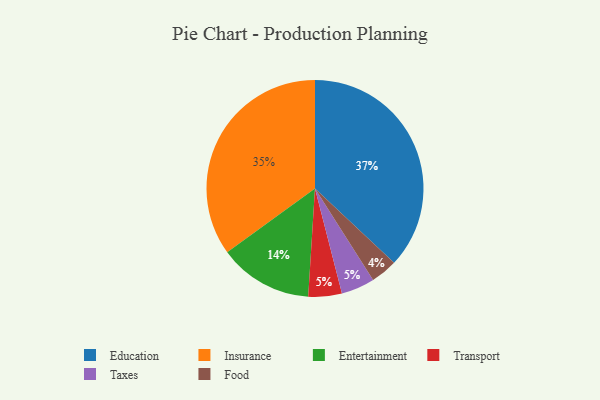
{"axis": {"x": "Category", "y": "Percentage"}, "legend": ["Education", "Entertainment", "Food", "Insurance", "Taxes", "Transport"], "data": [{"x": "Transport", "y": 5, "type": "Transport"}, {"x": "Education", "y": 37, "type": "Education"}, {"x": "Taxes", "y": 5, "type": "Taxes"}, {"x": "Insurance", "y": 35, "type": "Insurance"}, {"x": "Food", "y": 4, "type": "Food"}, {"x": "Entertainment", "y": 14, "type": "Entertainment"}]}